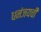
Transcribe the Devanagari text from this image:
धनंजयची